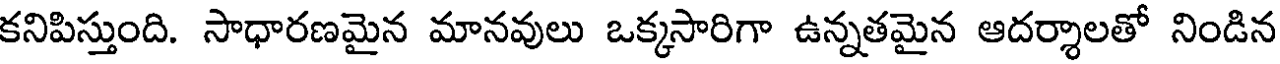
కనిపిస్తుంది. సాధారణమైన మానవులు ఒక్కసారిగా ఉన్నతమైన ఆదర్శాలతో నిండిన